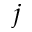
^ { \, j }